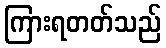
ကြားရတတ်သည်